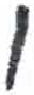
אות: ו